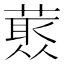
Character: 𱾜